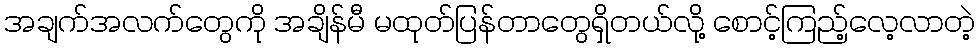
အချက်အလက်တွေကို အချိန်မီ မထုတ်ပြန်တာတွေရှိတယ်လို့ စောင့်ကြည့်လေ့လာတဲ့